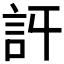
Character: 𧥪